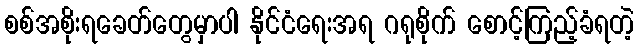
စစ်အစိုးရခေတ်တွေမှာပါ နိုင်ငံရေးအရ ဂရုစိုက် စောင့်ကြည့်ခံရတဲ့